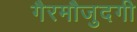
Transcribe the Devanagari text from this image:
गैरमौजुदगी